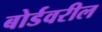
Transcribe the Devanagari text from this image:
बोर्डवरील